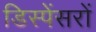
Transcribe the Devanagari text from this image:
डिस्पेंसरों